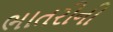
ભાતરીની